Annual report of the Central Committee of the Association together with the report of the directors of the Pasteur Institute at Kasauli
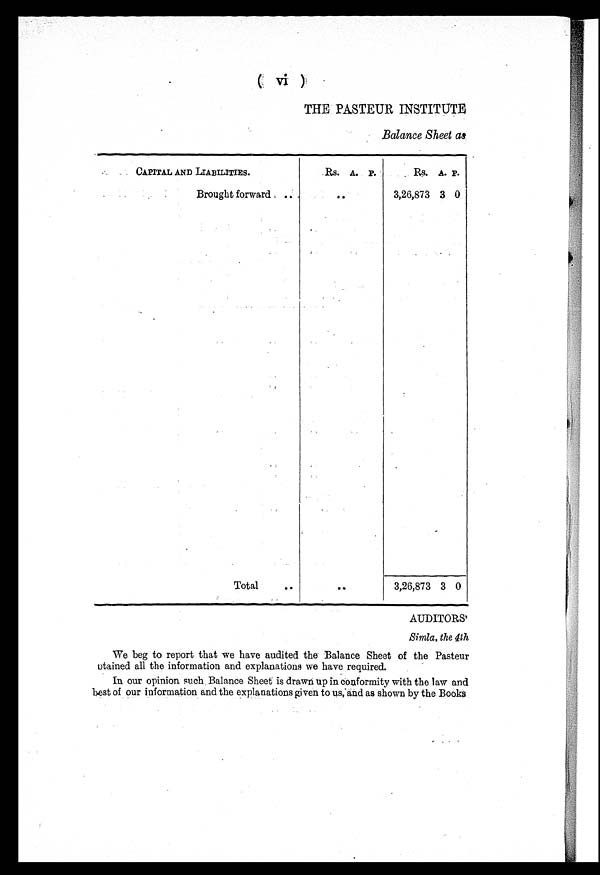
( vi )
THE PASTEUR INSTITUTE
Balance Sheet as
CAPITAL AND LIABILITIES.
Rs. A. P.
Rs. A. P.
Brought forward
3,26,873 3 0
Total
3,26,873 3 0
AUDITORS'
Simla, the 4th
We beg to report that we have audited the Balance Sheet of the Pasteur
otained all the information and explanations we have required.
In our opinion such Balance Sheet is drawn up in conformity with the law and
best of our information and the explanations given to us, and as shown by the Books